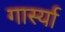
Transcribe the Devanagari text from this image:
गार्स्या